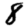
Digit: 8